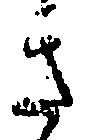
き